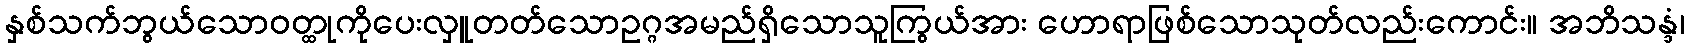
နှစ်သက်ဘွယ်သောဝတ္ထုကိုပေးလှူတတ်သောဥဂ္ဂအမည်ရှိသောသူကြွယ်အား ဟောရာဖြစ်သောသုတ်လည်းကောင်း။ အဘိသန္ဒံ၊